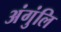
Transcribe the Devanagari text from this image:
अंगुंलि